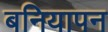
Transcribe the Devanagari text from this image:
बनियापन